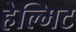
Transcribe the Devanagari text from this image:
हेल्मिट